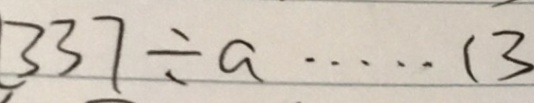
3 3 7 \div a \cdots 1 3